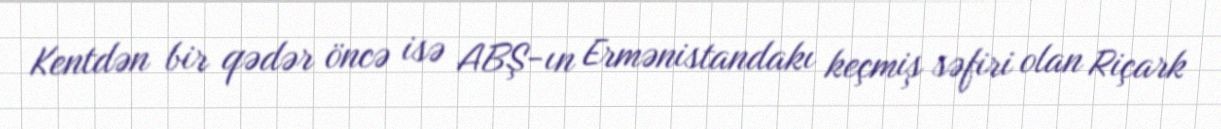
Kentdən bir qədər öncə isə ABŞ-ın Ermənistandakı keçmiş səfiri olan Riçark